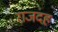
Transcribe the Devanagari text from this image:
राजदह